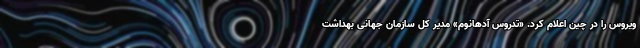
ویروس را در چین اعلام کرد. «تدروس آدهانوم» مدیر کل سازمان جهانی بهداشت